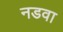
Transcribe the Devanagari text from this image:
नडवा